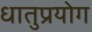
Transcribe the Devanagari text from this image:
धातुप्रयोग